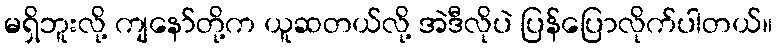
မရှိဘူးလို့ ကျနော်တို့က ယူဆတယ်လို့ အဲဒီလိုပဲ ပြန်ပြောလိုက်ပါတယ်။